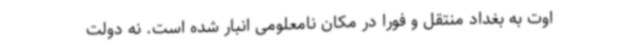
اوت به بغداد منتقل و فورا در مکان نامعلومی انبار شده است. نه دولت